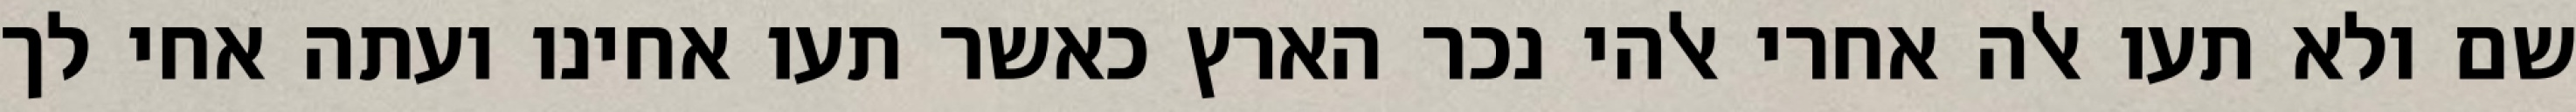
שם ולא תעו אלה אחרי אלהי נכר הארץ כאשר תעו אחינו ועתה אחי לך